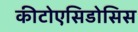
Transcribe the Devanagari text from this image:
कीटोएसिडोसिस